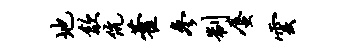
地歙伉藿参制蜃云